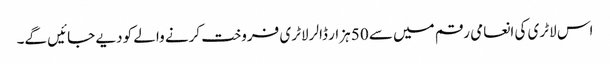
اس لاٹری کی انعامی رقم میں سے 50 ہزار ڈالر لاٹری فروخت کرنے والے کو دیے جائیں گے۔